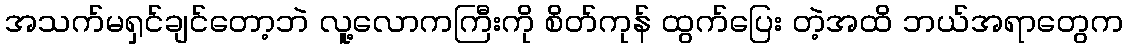
အသက်မရှင်ချင်တော့ဘဲ လူ့လောကကြီးကို စိတ်ကုန် ထွက်ပြေး တဲ့အထိ ဘယ်အရာတွေက